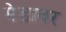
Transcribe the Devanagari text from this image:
मेडावर